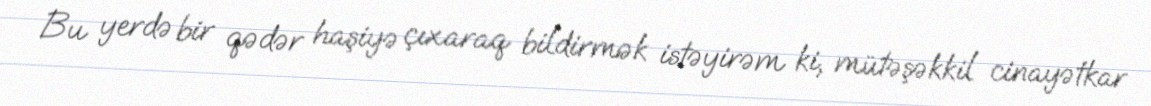
Bu yerdə bir qədər haşiyə çıxaraq bildirmək istəyirəm ki, mütəşəkkil cinayətkar